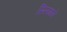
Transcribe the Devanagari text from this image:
स्लिमने